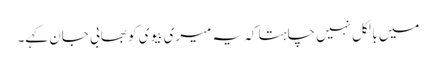
میں بالکل نہیں چاہتا کہ یہ میری بیوی کو بھابی جان کہے۔